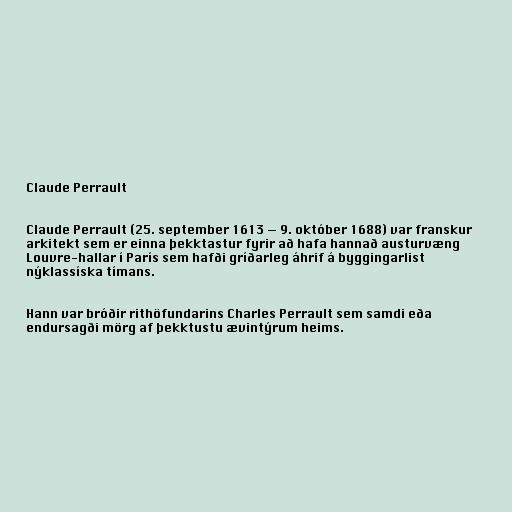
Claude Perrault

Claude Perrault (25. september 1613 — 9. október 1688) var franskur
arkitekt sem er einna þekktastur fyrir að hafa hannað austurvæng
Louvre-hallar í París sem hafði gríðarleg áhrif á byggingarlist
nýklassíska tímans.

Hann var bróðir rithöfundarins Charles Perrault sem samdi eða
endursagði mörg af þekktustu ævintýrum heims.